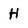
Character: H